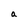
Character: a